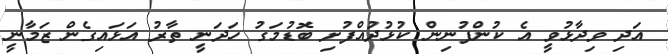
އަދި ވިދާޅުވީ އެ ކުންފުނިން ކުޅުދުއްފުށި ބޮޑުމަގު ހަދަނީ ތާރު އަޅައިގެން ޒަމާނީ